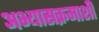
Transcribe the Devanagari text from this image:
अभ्यासक्रमाशी